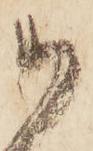
御